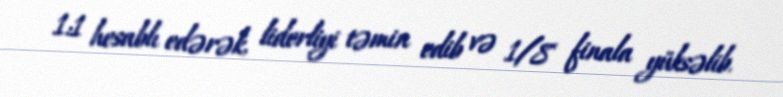
1:1 hesablı edərək, liderliyi təmin edib və 1/8 finala yüksəlib.